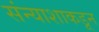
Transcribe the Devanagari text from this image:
संन्याशाकडून